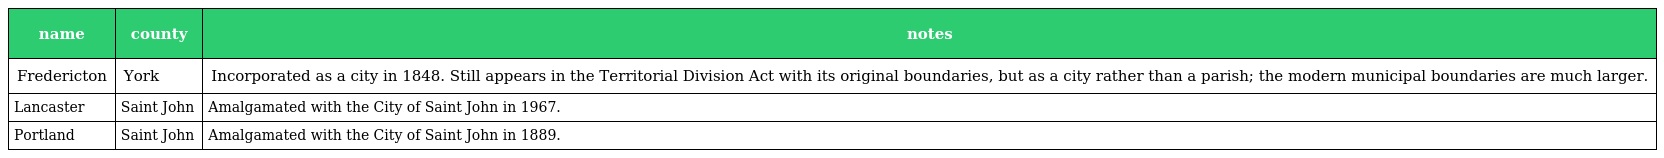
| name | county | notes |
 | --- | --- | --- |
 | Fredericton | York | Incorporated as a city in 1848. Still appears in the Territorial Division Act with its original boundaries, but as a city rather than a parish; the modern municipal boundaries are much larger. |
 | Lancaster | Saint John | Amalgamated with the City of Saint John in 1967. |
 | Portland | Saint John | Amalgamated with the City of Saint John in 1889. |